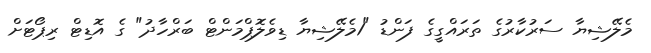
މެލޭޝިޔާ ސަރުކާރުގެ ތަރައްގީގެ ފަންޑު "1މެލޭޝިޔާ ޑިވެލޮޕްމަންޓް ބަރްހާދު" ގެ އޮޑިޓް ރިޕޯޓަށް